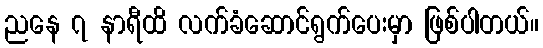
ညနေ ၇ နာရီထိ လက်ခံဆောင်ရွက်ပေးမှာ ဖြစ်ပါတယ်။